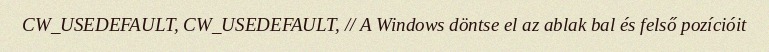
CW_USEDEFAULT, CW_USEDEFAULT, // A Windows döntse el az ablak bal és felső pozícióit